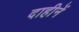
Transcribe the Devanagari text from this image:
दाहीनें